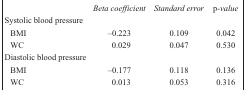
<table><thead><tr><td></td><td><b><i>Beta coefficient</i></b></td><td><b><i>Standard error</i></b></td><td><b>p<i>-value</i></b></td></tr></thead><tbody><tr><td colspan="4">Systolic blood pressure</td></tr><tr><td>BMI</td><td>–0.223</td><td>0.109</td><td>0.042</td></tr><tr><td>WC</td><td>0.029</td><td>0.047</td><td>0.530</td></tr><tr><td colspan="4">Diastolic blood pressure</td></tr><tr><td>BMI</td><td>–0.177</td><td>0.118</td><td>0.136</td></tr><tr><td>WC</td><td>0.013</td><td>0.053</td><td>0.316</td></tr></tbody></table>